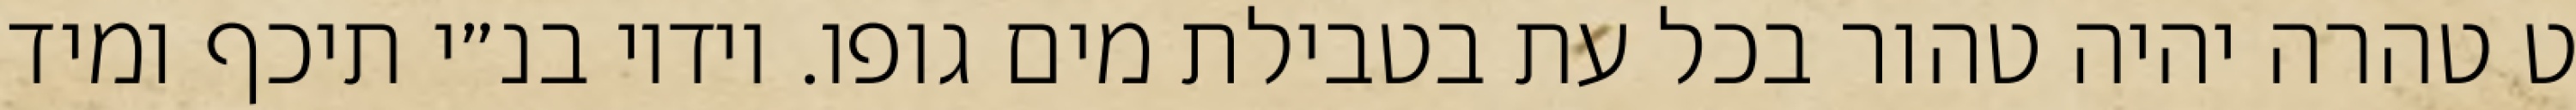
ט טהרה יהיה טהור בכל עת בטבילת מים גופו. וידיו בנ״י תיכף ומיד